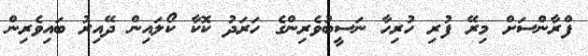
ފްރާންސަށް މިރޭ ފުރި ހުރިހާ ނަސީބުވެރިންގެ ހަރަދު ކޮކާ ކޯލައިން ދޭއިރު ބައިވެރިން